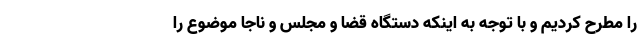
را مطرح کردیم و با توجه به اینکه دستگاه قضا و مجلس و ناجا موضوع را